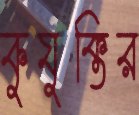
কুযুক্তির